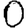
Digit: 0